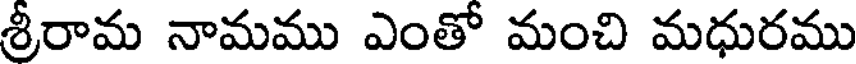
శ్రీరామ నామము ఎంతో మంచి మధురము